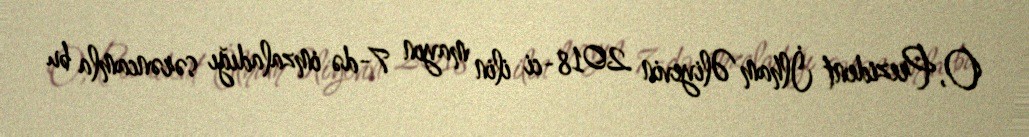
O, Prezident İlham Əliyevin 2018-ci ilin mayın 7-də imzaladığı sərəncamla bu